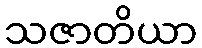
သဇာတိယာ